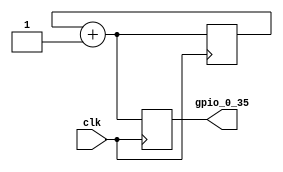
module blink_led_gpio(
	clk,
	gpio_0_35
);

	input clk;
	output reg gpio_0_35;
   reg turn;
   
	initial
	begin
		turn = 1'b0;
	end
	
	always @(posedge clk) 
	begin
		turn = turn + 1'b1;
		gpio_0_35 = turn;
	end
 
endmodule